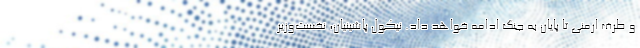
و طرف ارمنی تا پایان به جنگ ادامه خواهد داد. نیکول پاشینیان، نخست‌وزیر